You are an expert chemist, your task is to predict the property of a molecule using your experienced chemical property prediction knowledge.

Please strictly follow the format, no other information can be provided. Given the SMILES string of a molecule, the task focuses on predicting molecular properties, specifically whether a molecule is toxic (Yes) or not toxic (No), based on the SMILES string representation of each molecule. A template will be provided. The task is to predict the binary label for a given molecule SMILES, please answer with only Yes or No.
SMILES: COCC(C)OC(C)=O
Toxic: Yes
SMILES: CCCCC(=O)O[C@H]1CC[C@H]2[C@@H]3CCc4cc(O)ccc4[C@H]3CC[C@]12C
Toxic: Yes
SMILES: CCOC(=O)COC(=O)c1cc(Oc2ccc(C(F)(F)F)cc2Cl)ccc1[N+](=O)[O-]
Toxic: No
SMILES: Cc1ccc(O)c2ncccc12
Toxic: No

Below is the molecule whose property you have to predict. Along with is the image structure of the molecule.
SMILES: CCCC(C)C
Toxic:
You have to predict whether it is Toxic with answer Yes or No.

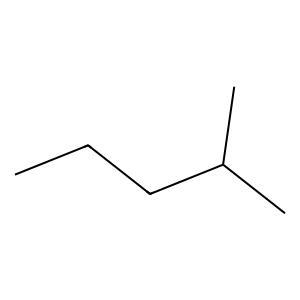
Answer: No